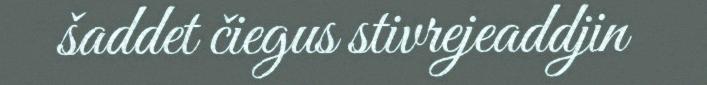
šaddet čiegus stivrejeaddjin